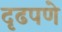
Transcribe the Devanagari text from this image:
दृढपणे